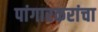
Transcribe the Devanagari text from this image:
पांगारकरांचा